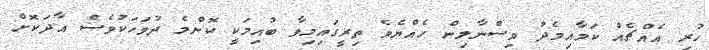
ހުރި އެއްޗެއް ކަމާއިމެދު ވިސްނާލިން ހެއްޔެވެ ތިރީގައިމިވާ ބުއިމަކީ ކޮންމެ ދުވަހަކުވެސް އާދަކޮށް